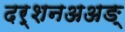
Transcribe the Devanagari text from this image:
दर्शनअअङ्